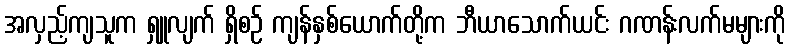
အလှည့်ကျသူက ရှူလျက် ရှိစဉ် ကျန်နှစ်ယောက်တို့က ဘီယာသောက်ယင်း ဂဏန်းလက်မများကို